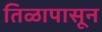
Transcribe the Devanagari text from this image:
तिळापासून